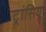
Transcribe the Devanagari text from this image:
ट्रांसियू